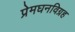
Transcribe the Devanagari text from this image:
प्रेमघनविग्रह